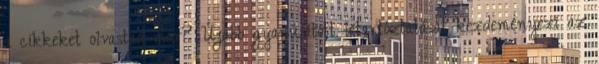
a cikkeket olvastad már? Újabb gyanúsított letartóztatását kezdeményezi az